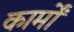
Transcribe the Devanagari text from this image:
कार्मों